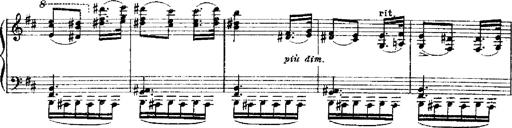
Title: RÃ©miniscences de Robert le diable
Composer: Franz Liszt